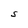
Character: s